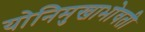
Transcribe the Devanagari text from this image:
योनिमुखाभोवती